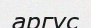
аргус